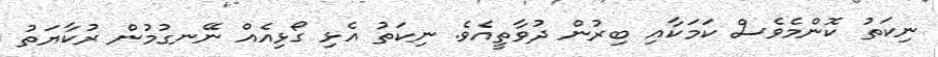
ނިކަތު ކޮންމެވެސް ކަމަކާއި ބިރުން ދުވާތީއެވެ. ނިކަތު އެޅި ގޯޅިއެއް ނޭނގުމުން ރުކާޔަތު